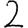
Digit: 2